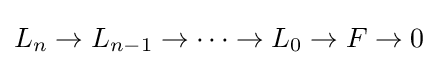
L_{n}\to L_{n-1}\to \cdots \to L_{0}\to F\to 0